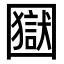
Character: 𡈭